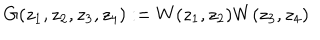
LaTeX: G ( z _ { 1 } , z _ { 2 } , z _ { 3 } , z _ { 4 } ) : = W ( z _ { 1 } , z _ { 2 } ) W ( z _ { 3 } , z _ { 4 } )